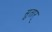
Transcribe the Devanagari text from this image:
सुतार्